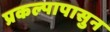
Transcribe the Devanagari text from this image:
प्रकल्पापासुन